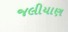
જલીયાણ